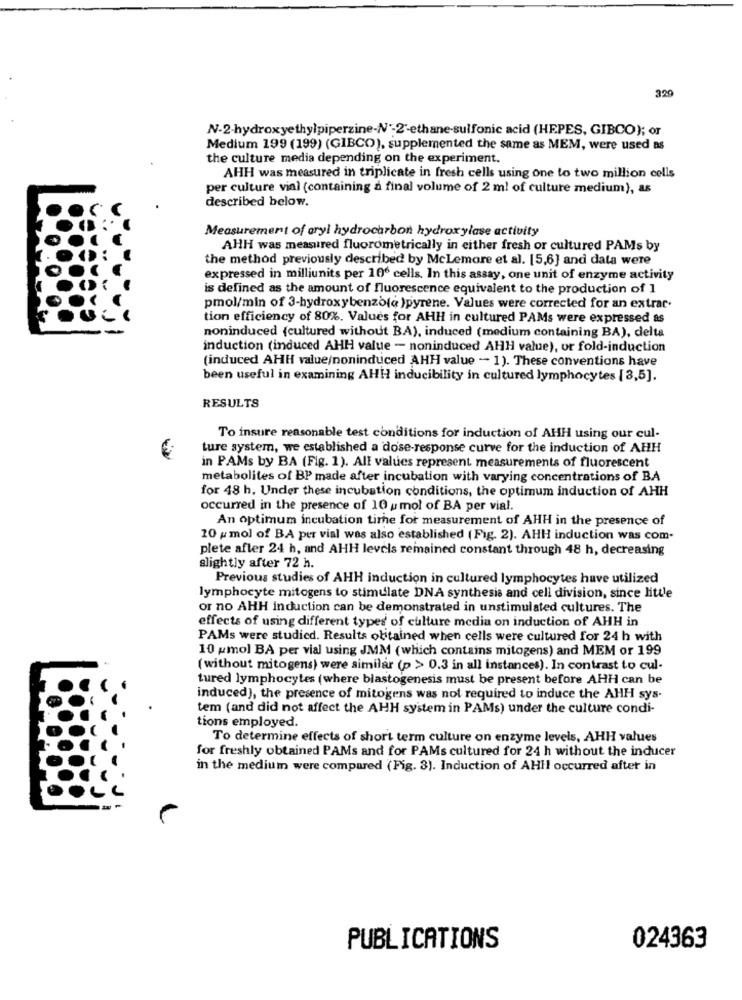
320
N-2-hydroxyethylpiperzine-N'-2'-ethane-sulfonic acid (HEPES, GIBCO); or
Medium 199 (199) (GIBCO), supplemented the same as MEM, were used as
the culture media depending on the experiment.
AHH was measured in triplicate in fresh cells using one to two million cells
per culture vial (containing a final volume of 2 ml of culture medium), as
described below.
Measurement of aryl hydrocarbon hydroxylase activity
AHH was measured fluorometrically in either fresh or cultured PAMs by
the method previously described by Mclemore et al. [5,6] and data were
expressed in milliunits per 106 cells. In this assay, one unit of enzyme activity
is defined as the amount of fluorescence equivalent to the production of 1
pmol/min of 3-hydroxybenzo(a )pyrene. Values were corrected for an extrac.
tion efficiency of 80%. Values for AHH in cultured PAMs were expressed as
noninduced (cultured without BA), induced (medium containing BA), delta
induction (induced AHH value - noninduced AHH value), or fold-induction
(induced AHH value/noninduced AHH value - 1). These conventions have
been useful in examining AHH inducibility in cultured lymphocytes [ 3,5].
RESULTS
To insure reasonable test conditions for induction of AHH using our cul-
ture system, we established a dose-response curve for the induction of AHH
in PAMs by BA (Fig. 1). All values represent measurements of fluorescent
metabolites of BP made after incubation with varying concentrations of BA
for 48 h. Under these incubation conditions, the optimum induction of AHH
occurred in the presence of 10 umol of BA per vial.
An optimum incubation time for measurement of AHH in the presence of
20 pmol of BA per vial was also established (Fig. 2). AHH induction was com-
plete after 24 h, and AHH levels remained constant through 48 h, decreasing
slightly after 72 h.
Previous studies of AHH induction in cultured lymphocytes have utilized
lymphocyte mitogens to stimulate DNA synthesis and cell division, since little
or no AHH induction can be demonstrated in unstimulated cultures. The
effects of using different types of culture media on induction of AHH in
PAMs were studied. Results olitained when cells were cultured for 24 h with
10 pmol BA per vial using JMM (which contains mitogens) and MEM or 199
(without mitogens) were similar (p > 0.3 in all instances). In contrast to cul-
tured lymphocytes (where blastogenesis must be present before AHH can be
induced), the presence of mitogens was not required to induce the AHH sys-
tem (and did not affect the AHH system in PAMs) under the culture condi-
tions employed.
To determine effects of short term culture on enzyme levels, AHH values
for freshly obtained PAMs and for PAMs cultured for 24 h without the inducer
in the medium were compared (Fig. 3). Induction of AHH occurred after in
PUBLICATIONS
024363